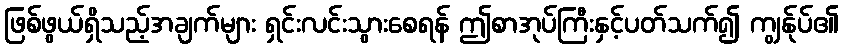
ဖြစ်ဖွယ်ရှိသည့်အချက်များ ရှင်းလင်းသွားစေရန် ဤစာအုပ်ကြီးနှင့်ပတ်သက်၍ ကျွန်ုပ်၏